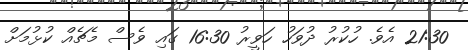
21:30 އެވެ. ހުކުރު ދުވަހު ހަވީރު 16:30 ގައި ވެސް މެޗެއް ކުޅުމަށް